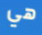
هي